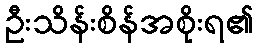
ဦးသိန်းစိန်အစိုးရ၏